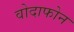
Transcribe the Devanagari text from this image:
वोदाफोन